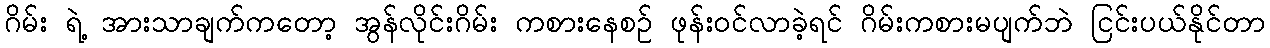
ဂိမ်း ရဲ့ အားသာချက်ကတော့ အွန်လိုင်းဂိမ်း ကစားနေစဉ် ဖုန်းဝင်လာခဲ့ရင် ဂိမ်းကစားမပျက်ဘဲ ငြင်းပယ်နိုင်တာ